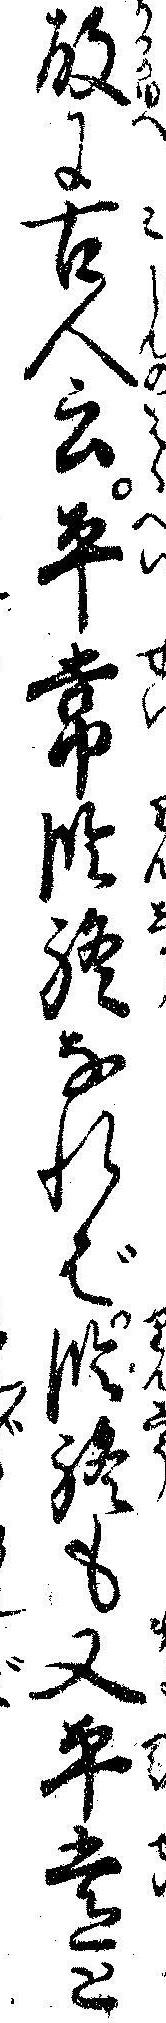
故に古人云平常臨終なれば臨終も又平常と